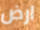
ارض